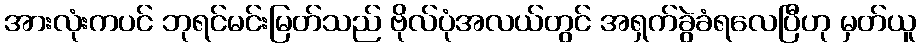
အားလုံးကပင် ဘုရင်မင်းမြတ်သည် ဗိုလ်ပုံအလယ်တွင် အရှက်ခွဲခံရလေပြီဟု မှတ်ယူ